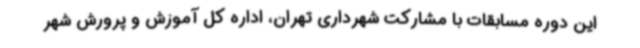
این دوره مسابقات با مشارکت شهرداری تهران، اداره کل آموزش و پرورش شهر